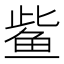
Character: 𫚖